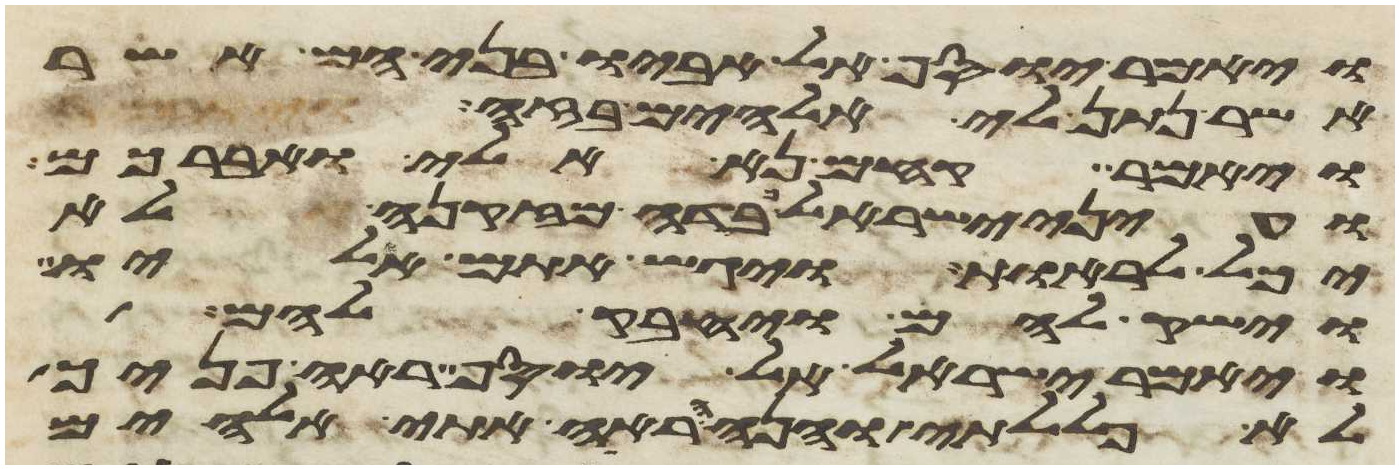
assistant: ויאמר יוסף אל אביו בני הם אשר
אשר נתן לי אלהים בזה
ויאמר קחם נא אלי ואברכם
ועיני ישראל כבדה מזקנה לא
יכל לראות ויגש אתם אליו
וישק להם ויחבק להם
ויאמר ישראל אל יוסף ראה פניך
לא פללתי והנה הראה אתי אלהים